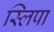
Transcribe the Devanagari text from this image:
स्लिपा